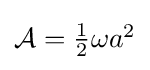
{\textstyle {\mathcal {A}}={\tfrac {1}{2}}\omega a^{2}}